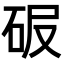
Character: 𥑊